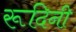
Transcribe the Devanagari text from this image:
रूदिनी